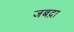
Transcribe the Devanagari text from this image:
जबद़ा